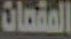
المقصات